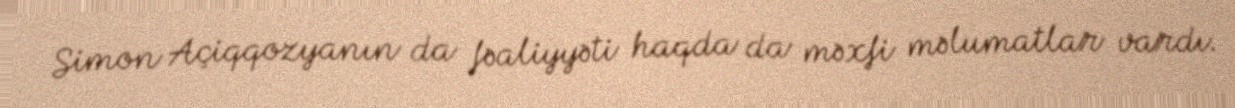
Simon Açiqqozyanın da fəaliyyəti haqda da məxfi məlumatlar vardı.